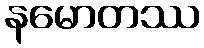
နမောတဿ